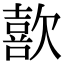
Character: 歖